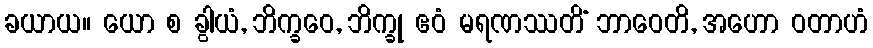
ခယာယ။ ယော စ ခွါယံ, ဘိက္ခဝေ, ဘိက္ခု ဧဝံ မရဏဿတိံ ဘာဝေတိ, အဟော ဝတာဟံ